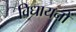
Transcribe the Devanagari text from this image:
विधायनों